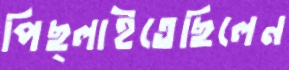
পিছ্‌লাইতেছিলেন